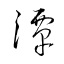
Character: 潭